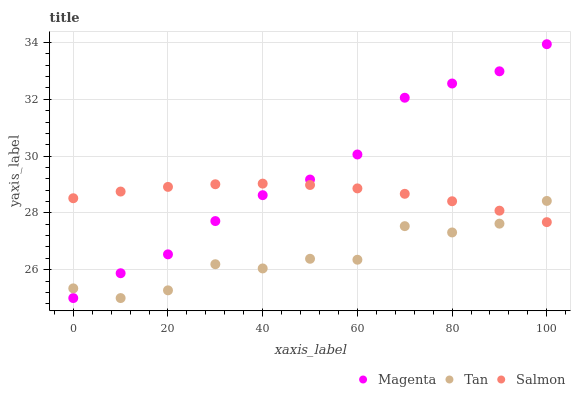
| xaxis_label | Magenta | Tan | Salmon |
 | --- | --- | --- | --- |
 | 0 | 25 | 25.3 | 28.5 |
 | 10 | 25.9 | 25 | 28.8 |
 | 20 | 26.5 | 25.3 | 28.9 |
 | 30 | 27.7 | 26.2 | 29 |
 | 40 | 28.6 | 26 | 29 |
 | 50 | 29.2 | 26.4 | 29 |
 | 60 | 30.1 | 26.4 | 28.9 |
 | 70 | 32.1 | 27.5 | 28.7 |
 | 80 | 32.6 | 27.3 | 28.4 |
 | 90 | 33 | 27.6 | 28.1 |
 | 100 | 33.9 | 28.4 | 27.7 |